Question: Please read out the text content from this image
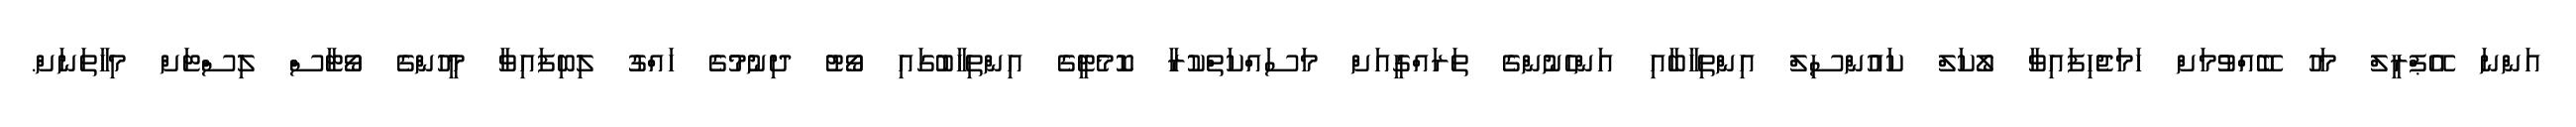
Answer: އަންނަ އޭޕްރީލް މަހު ބޭއްވުމަށް ހަމަޖެހިފައިވާ ލޯކަލް ކައުންސިލް އިންތިހާބާއި އަންހެނުންގެ ތަރައްގީއަށް މަސައްކަތްކުރާ ކޮމެޓީގެ އިންތިހާބުގައި ވޯޓު ދިނުމުގެ ހައްގު ލިބިފައިވާ މީހުންގެ ވޯޓާސް ލިސްޓަށް މިހާތަނަށް.